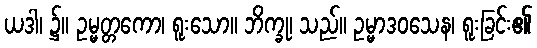
ယဒါ၊ ၌။ ဥမ္မတ္တကော၊ ရူးသော။ ဘိက္ခု၊ သည်။ ဥမ္မာဒဝသေန၊ ရူးခြင်း၏